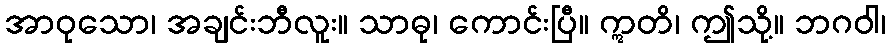
အာဝုသော၊ အချင်းဘီလူး။ သာဓု၊ ကောင်းပြီ။ ဣတိ၊ ဤသို့။ ဘဂဝါ၊